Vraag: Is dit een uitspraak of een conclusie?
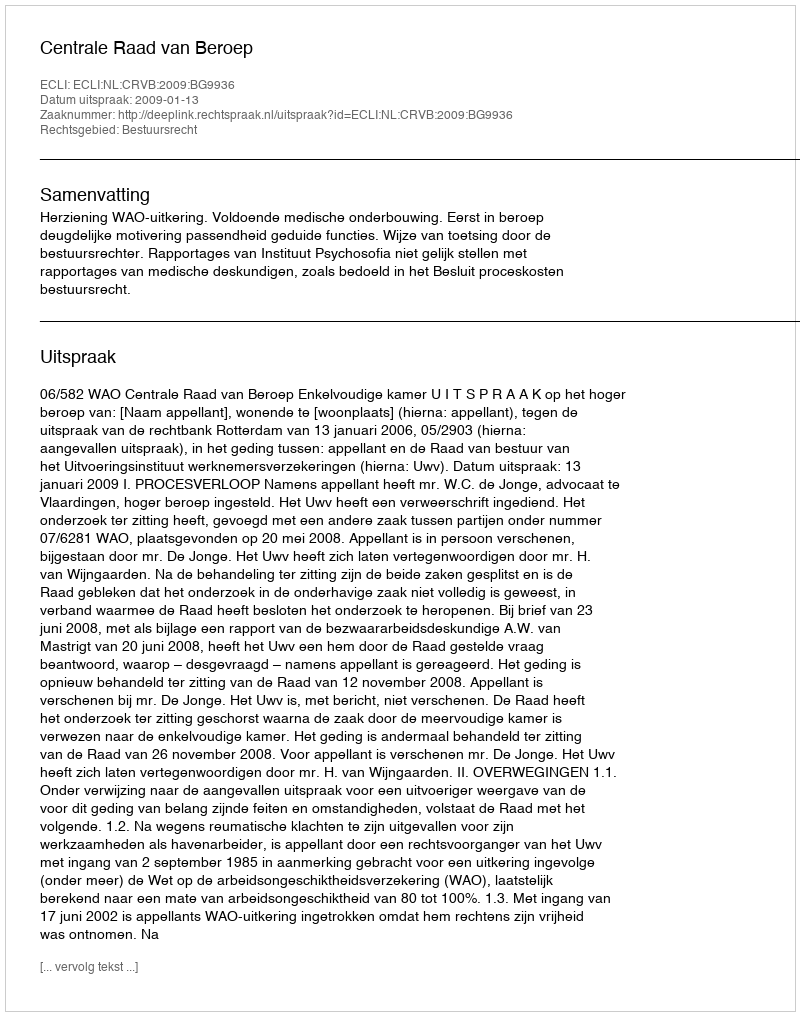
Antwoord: Uitspraak